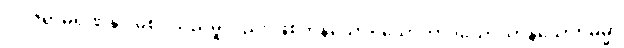
ဝါ၊ ဇရာမရဏနှင့် မစပ်သည်မူလည်း ဖြစ်ကုန်သော။ သောကာဒယော၊ ကုန်သော။ ဓမ္မာ